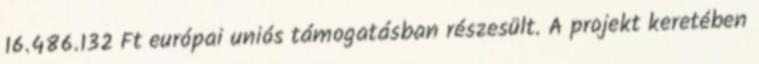
16.486.132 Ft európai uniós támogatásban részesült. A projekt keretében